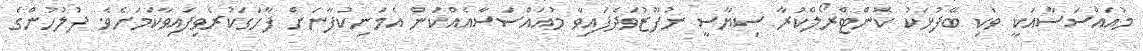
މުއައްސަސާއަކީ ވަކި ބޭފުޅަކު ކޮންޓްރޯލްކުރާ ސިޔާސީ ނުފޫޒުވަދެފައިވާ މުއައްސަސާއެއްކަން އެމަނިކުފާނަށް ފާހަގަކުރެވިފައިވާކަމަށެވެ. ފުލުހުންގެ